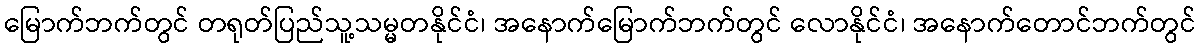
မြောက်ဘက်တွင် တရုတ်ပြည်သူ့သမ္မတနိုင်ငံ၊ အနောက်မြောက်ဘက်တွင် လောနိုင်ငံ၊ အနောက်တောင်ဘက်တွင်